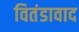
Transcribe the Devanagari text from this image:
वितंडावाद